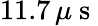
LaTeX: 11.7\, \mu\mathrm{~s~}